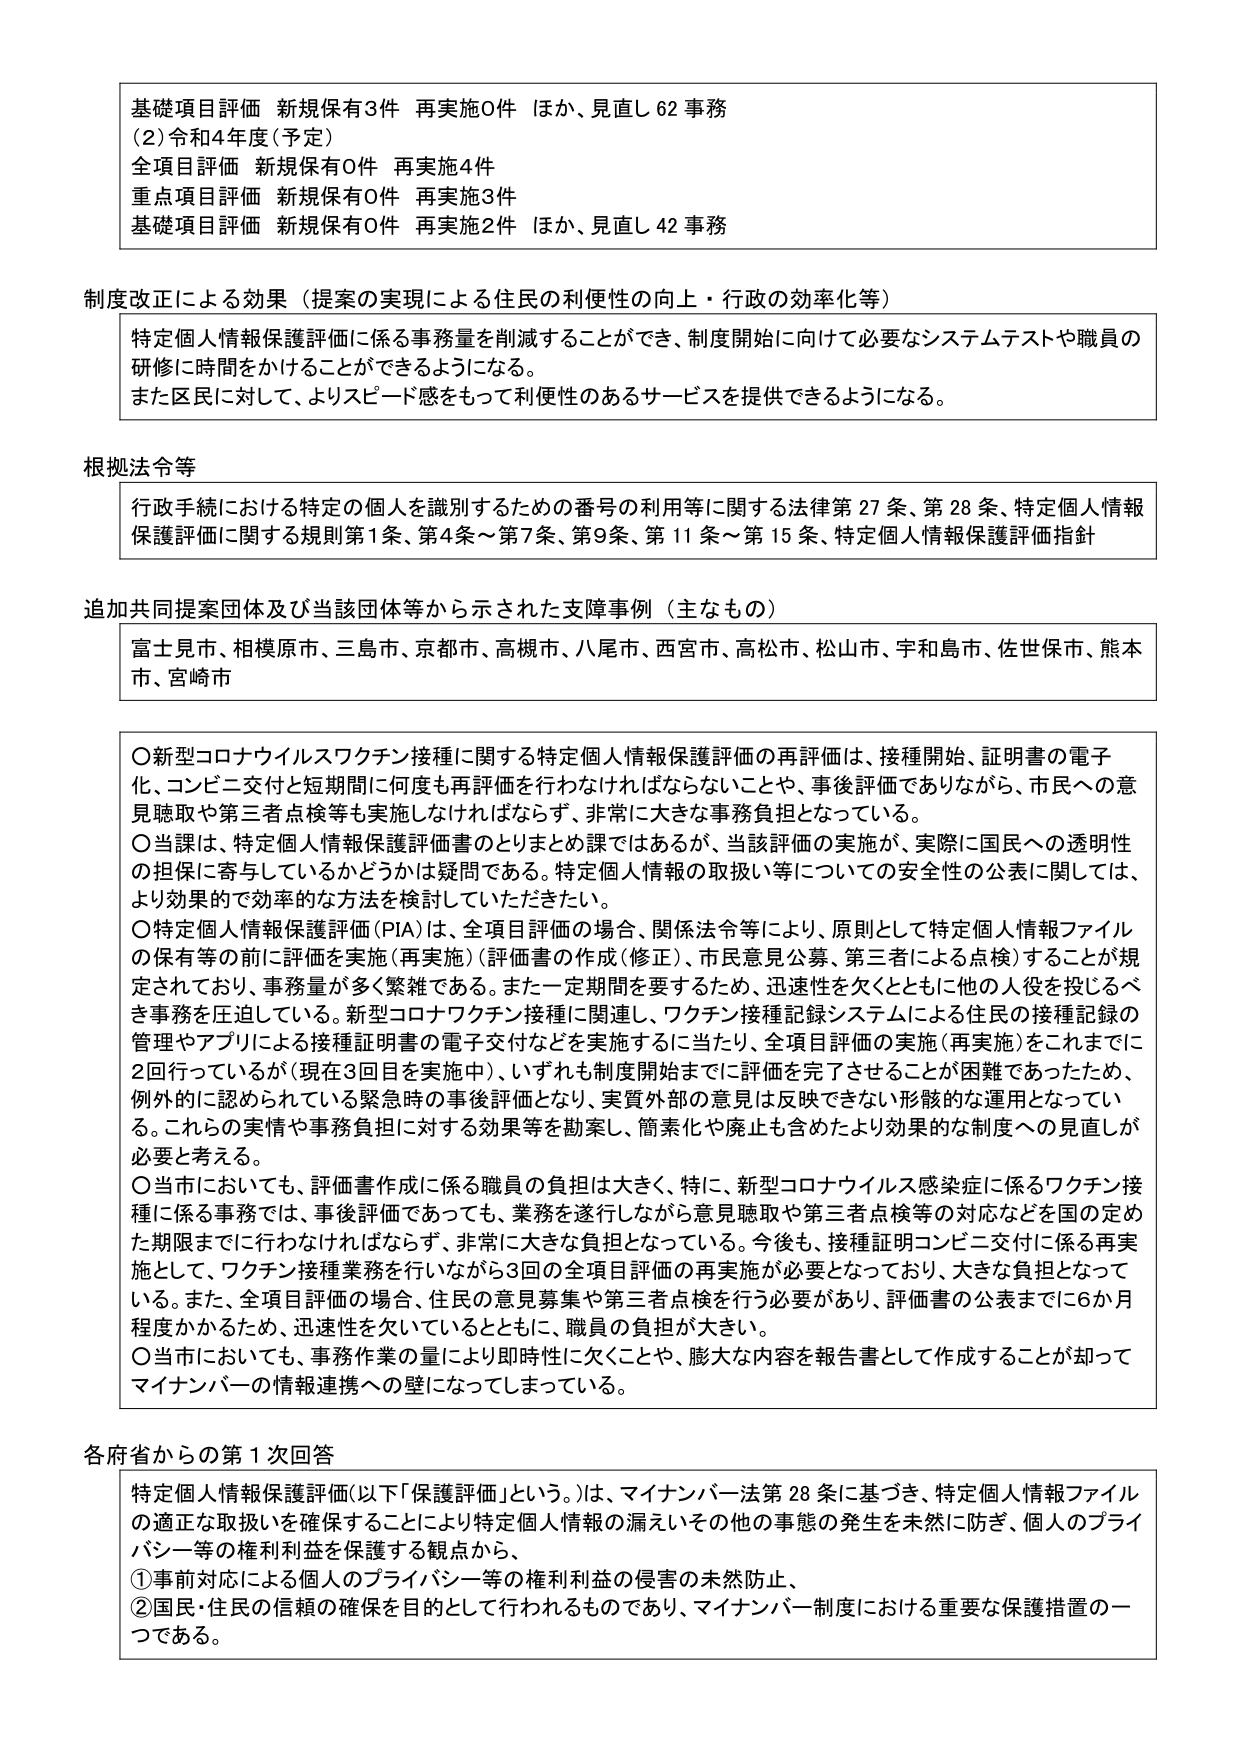
基礎項目評価 新規保有3件 再実施0件 ほか、見直し62事務
(2)令和4年度(予定)
全項目評価 新規保有0件 再実施4件
重点項目評価 新規保有0件 再実施3件
基礎項目評価 新規保有0件 再実施2件 ほか、見直し42事務

制度改正による効果（提案の実現による住民の利便性の向上・行政の効率化等）
特定個人情報保護評価に係る事務量を削減することができ、制度開始に向けて必要なシステムテストや職員の研修に時間をかけることができるようになる。
また区民に対して、よりスピード感をもって利便性のあるサービスを提供できるようになる。

根拠法令等
行政手続における特定の個人を識別するための番号の利用等に関する法律第27条、第28条、特定個人情報保護評価に関する規則第1条、第4条～第7条、第9条、第11条～第15条、特定個人情報保護評価指針

追加共同提案団体及び当該団体等から示された支障事例（主なもの）
富士見市、相模原市、三島市、京都市、高槻市、八尾市、西宮市、高松市、松山市、宇和島市、佐世保市、熊本市、宮崎市

〇新型コロナウイルスワクチン接種に関する特定個人情報保護評価の再評価は、接種開始、証明書の電子化、コンビニ交付と短期間に何度も再評価を行わなければならないことや、事後評価でありながら、市民への意見聴取や第三者点検等も実施しなければならず、非常に大きな事務負担となっている。
〇当課は、特定個人情報保護評価書のとりまとめ課ではあるが、当該評価の実施が、実際に国民への透明性の担保に寄与しているかどうかは疑問である。特定個人情報の取扱い等についての安全性の公表に関しては、より効果的で効率的な方法を検討していただきたい。
〇特定個人情報保護評価（PIA）は、全項目評価の場合、関係法令等により、原則として特定個人情報ファイルの保有等の前に評価を実施（再実施）（評価書の作成（修正）、市民意見公募、第三者による点検）することが規定されており、事務量が多く繁雑である。また一定期間を要するため、迅速性を欠くとともに他の人役を投じるべき事務を圧迫している。新型コロナワクチン接種に関連し、ワクチン接種記録システムによる住民の接種記録の管理やアプリによる接種証明書の電子交付などを実施するに当たり、全項目評価の実施（再実施）をこれまでに2回行っているが（現在3回目を実施中）、いずれも制度開始までに評価を完了させることが困難であったため、例外的に認められている緊急時の事後評価となり、実質外部の意見は反映できない形骸的な運用となっている。これらの実情や事務負担に対する効果等を勘案し、簡素化や廃止も含めたより効果的な制度への見直しが必要と考える。
〇当市においても、評価書作成に係る職員の負担は大きく、特に、新型コロナウイルス感染症に係るワクチン接種に係る事務では、事後評価であっても、業務を遂行しながら意見聴取や第三者点検等の対応などを国の定めた期限までに行わなければならず、非常に大きな負担となっている。今後も、接種証明コンビニ交付に係る再実施として、ワクチン接種業務を行いながら3回の全項目評価の再実施が必要となっており、大きな負担となっている。また、全項目評価の場合、住民の意見募集や第三者点検を行う必要があり、評価書の公表までに6か月程度かかるため、迅速性を欠いているとともに、職員の負担が大きい。
〇当市においても、事務作業の量により即時性に欠くことや、膨大な内容を報告書として作成することが却ってマイナンバーの情報連携への壁になってしまっている。

各府省からの第1次回答
特定個人情報保護評価（以下「保護評価」という。）は、マイナンバー法第28条に基づき、特定個人情報ファイルの適正な取扱いを確保することにより特定個人情報の漏えいその他の事態の発生を未然に防ぎ、個人のプライバシー等の権利利益を保護する観点から、
①事前対応による個人のプライバシー等の権利利益の侵害の未然防止、
②国民・住民の信頼の確保を目的として行われるものであり、マイナンバー制度における重要な保護措置の一つである。